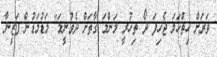
ވަރަށް ހިތްހަމަ ޖެހިފަ ދޯ ތިހުރީ މަންމަ ގާތަށް ދެވުނީމަ" މަޑުމަޑުން ފަޒީނާ